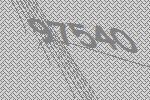
97540